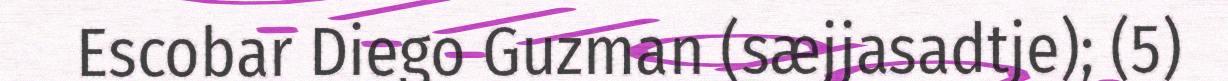
Escobar Diego Guzman (sæjjasadtje); (5)